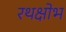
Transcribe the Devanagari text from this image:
रथक्षोभ